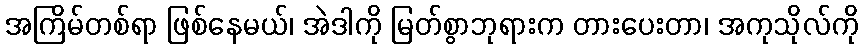
အကြိမ်တစ်ရာ ဖြစ်နေမယ်၊ အဲဒါကို မြတ်စွာဘုရားက တားပေးတာ၊ အကုသိုလ်ကို